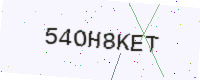
Text: 54OH8KET